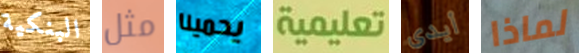
البنكية مثل يحمينا تعليمية أيدى لماذا